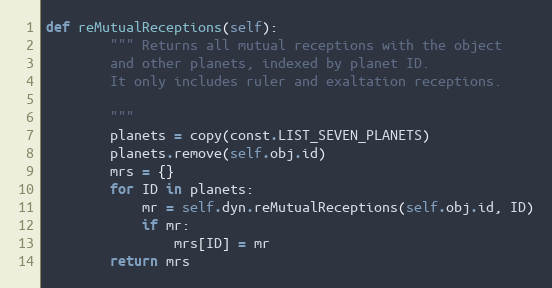
Language: Python
def reMutualReceptions(self):
        """ Returns all mutual receptions with the object
        and other planets, indexed by planet ID.
        It only includes ruler and exaltation receptions.

        """
        planets = copy(const.LIST_SEVEN_PLANETS)
        planets.remove(self.obj.id)
        mrs = {}
        for ID in planets:
            mr = self.dyn.reMutualReceptions(self.obj.id, ID)
            if mr:
                mrs[ID] = mr
        return mrs